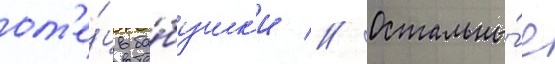
от'е́ц ба́бушк'и // Остальны́е